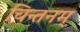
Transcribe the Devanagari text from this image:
चिन्तनम्